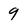
Character: 9